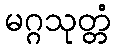
မဂ္ဂသုတ္တံ